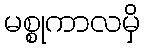
မစ္စုကာလမှိ